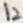
Text: 12